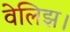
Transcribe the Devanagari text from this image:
वेलिझ।